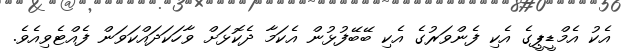
އެކު އެމްޑީޕީގެ އެކި ފެންވަރުގެ އެކި ބޭބޭފުޅުން އެކަމާ ދެކޮޅަށް ވާހަކަދައްކަވަން ފެއްޓެވިއެވެ.